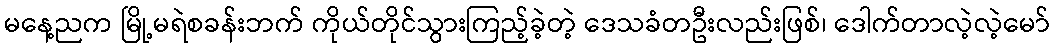
မနေ့ညက မြို့မရဲစခန်းဘက် ကိုယ်တိုင်သွားကြည့်ခဲ့တဲ့ ဒေသခံတဦးလည်းဖြစ်၊ ဒေါက်တာလဲ့လဲ့မော်